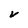
Character: v